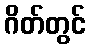
ဂိတ်တွင်